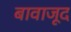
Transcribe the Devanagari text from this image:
बावाजूद